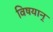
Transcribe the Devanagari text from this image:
विषयान्